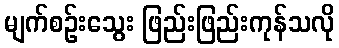
မျက်စဉ်းသွေး ဖြည်းဖြည်းကုန်သလို